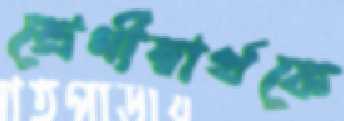
শ্রেণীস্বার্থকে